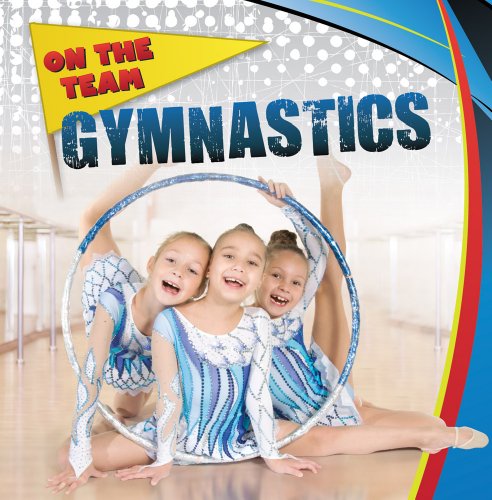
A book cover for Gymnastics (On the Team (Gareth Stevens)); Kathy Meyer; Children's Books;